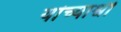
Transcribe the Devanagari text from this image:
यांच्याश्वी